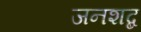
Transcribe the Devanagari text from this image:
जनशब्द